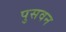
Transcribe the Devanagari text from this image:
पुसवन